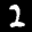
Label: 2